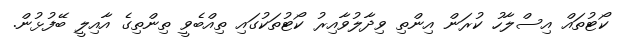
ކޯޓުތައް އިސްލާހު ކުރަން އިންތި ވިދާލުވާއިރު ކޯޓުތަކުގައި ތިއްބެވީ ތިންތިގެ އާއިލީ ބޭފުޅުން.